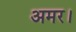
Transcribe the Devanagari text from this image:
अमर।